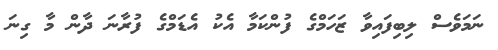
ނަމަވެސް ލިބިފައިވާ ޒަހަމްގެ ފުންކަމާ އެކު އެޑަމްގެ ފުރާނަ ދާން މާ ގިނަ